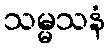
သမ္မသနံ